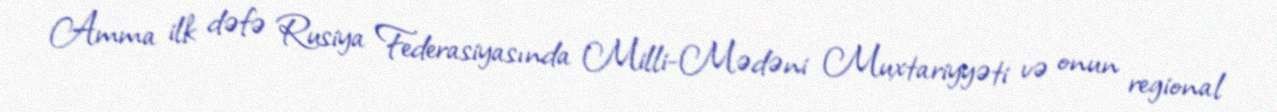
Amma ilk dəfə Rusiya Federasiyasında Milli-Mədəni Muxtariyyəti və onun regional